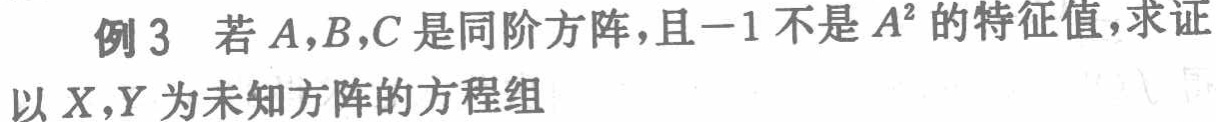
例3 若\(A,B,C\)是同阶方阵，且\(-1\)不是\(A^{2}\)的特征值，求证以\(X,Y\)为未知方阵的方程组